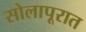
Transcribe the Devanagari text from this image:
सोलापूरात